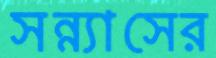
সন্ন্যাসের